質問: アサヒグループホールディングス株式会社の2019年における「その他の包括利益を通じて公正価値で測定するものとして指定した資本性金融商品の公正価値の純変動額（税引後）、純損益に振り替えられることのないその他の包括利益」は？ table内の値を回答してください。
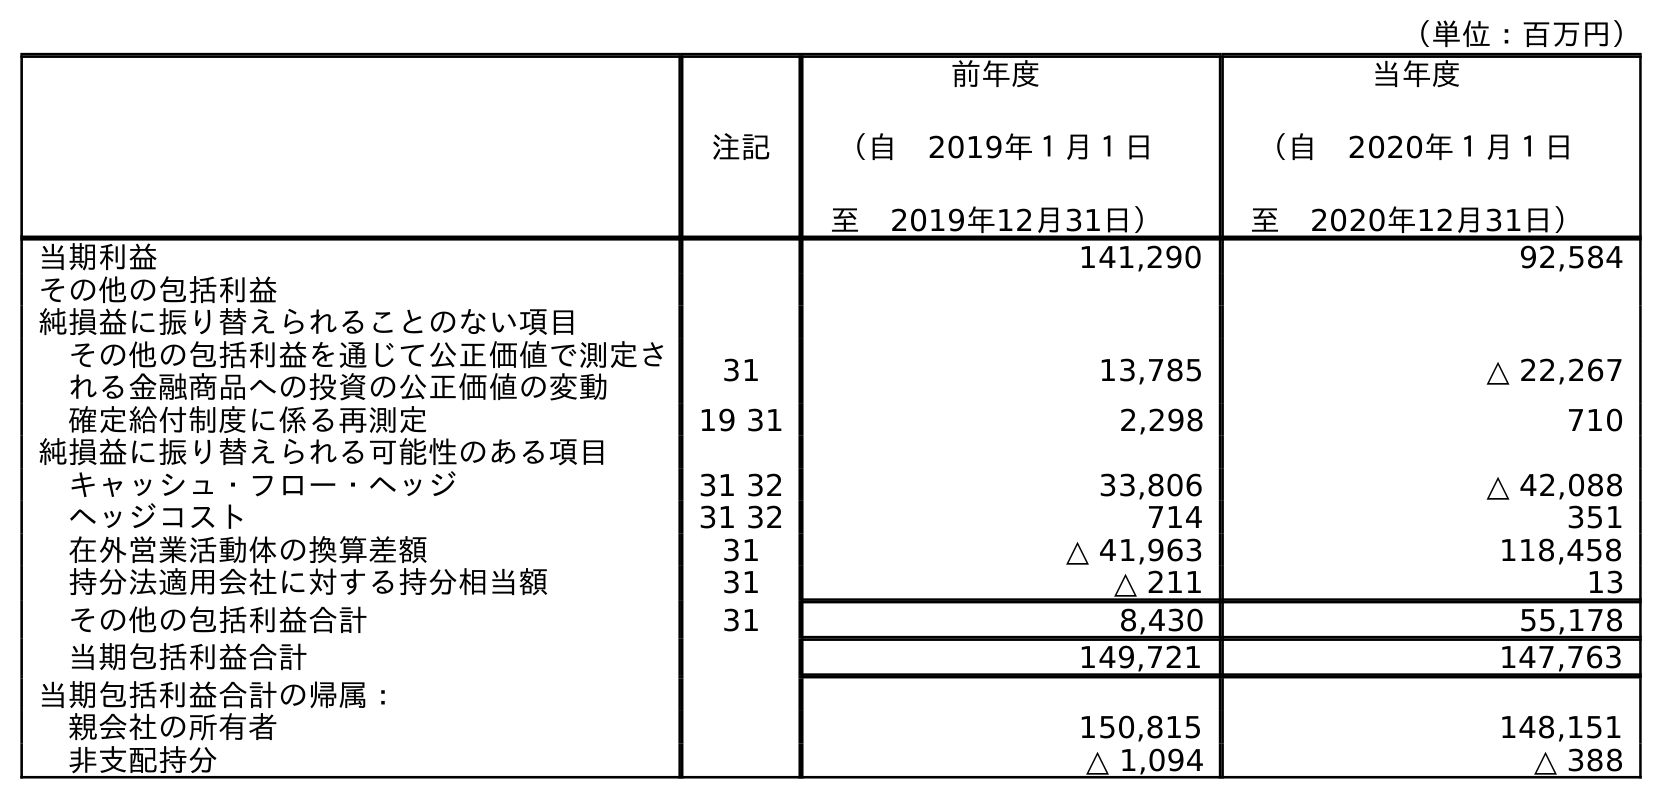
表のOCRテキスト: （単位：百万円） 注記 前年度 （自 2019年１月１日 至 2019年12月31日） 当年度 （自 2020年１月１日 至 2020年12月31日） 当期利益 141,290 92,584 その他の包括利益 純損益に振り替えられることのない項目 その他の包括利益を通じて公正価値で測定さ れる金融商品への投資の公正価値の変動 31 13,785 △ 22,267 確定給付制度に係る再測定 19 31 2,298 710 純損益に振り替えられる可能性のある項目 キャッシュ・フロー・ヘッジ 31 32 33,806 △ 42,088 ヘッジコスト 31 32 714 351 在外営業活動体の換算差額 31 △ 41,963 118,458 持分法適用会社に対する持分相当額 31 △ 211 13 その他の包括利益合計 31 8,430 55,178 当期包括利益合計 149,721 147,763 当期包括利益合計の帰属： 親会社の所有者 150,815 148,151 非支配持分 △ 1,094 △ 388
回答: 13,785